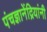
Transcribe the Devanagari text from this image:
पंचज्ञानेंद्रियांनी